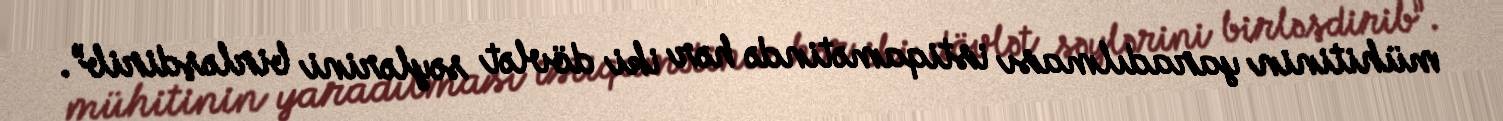
mühitinin yaradılması istiqamətində hər iki dövlət səylərini birləşdirib”.